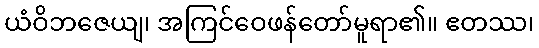
ယံဝိဘဇေယျ၊ အကြင်ဝေဖန်တော်မူရာ၏။ ဧတဿ၊